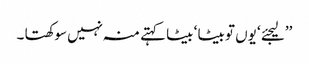
’’لیجئے ‘ یوں تو بیٹا ‘ بیٹا کہتے منہ نہیں سوکھتا ۔